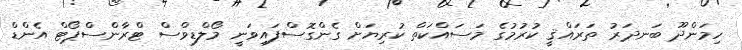
ހިމަންދޫ ބަނދަރު ތަރައްޤީ ކުރުމުގެ މަސައްކަތް ކުރިޔަށް ގެންގޮސްފައިވަނީ މޯލްޑިވްސް ޓްރާންސްޕޯޓް އެންޑް